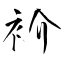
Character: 衸